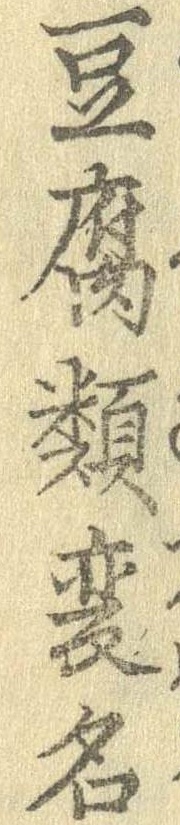
豆腐類変名